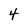
Character: 4